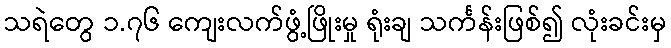
သရဲတွေ ၁.၇၆ ကျေးလက်ဖွံ့ဖြိုးမှု ရုံးချ သင်္ကန်းဖြစ်၍ လုံးခင်းမှ